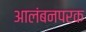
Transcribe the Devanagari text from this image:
आलंबनपरक